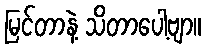
မြင်တာနဲ့ သိတာပေါ့ဗျာ။